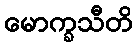
မောက္ခသီတိ